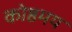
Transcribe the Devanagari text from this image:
कोष्ठमय